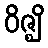
ဝိဇ္ဈိ